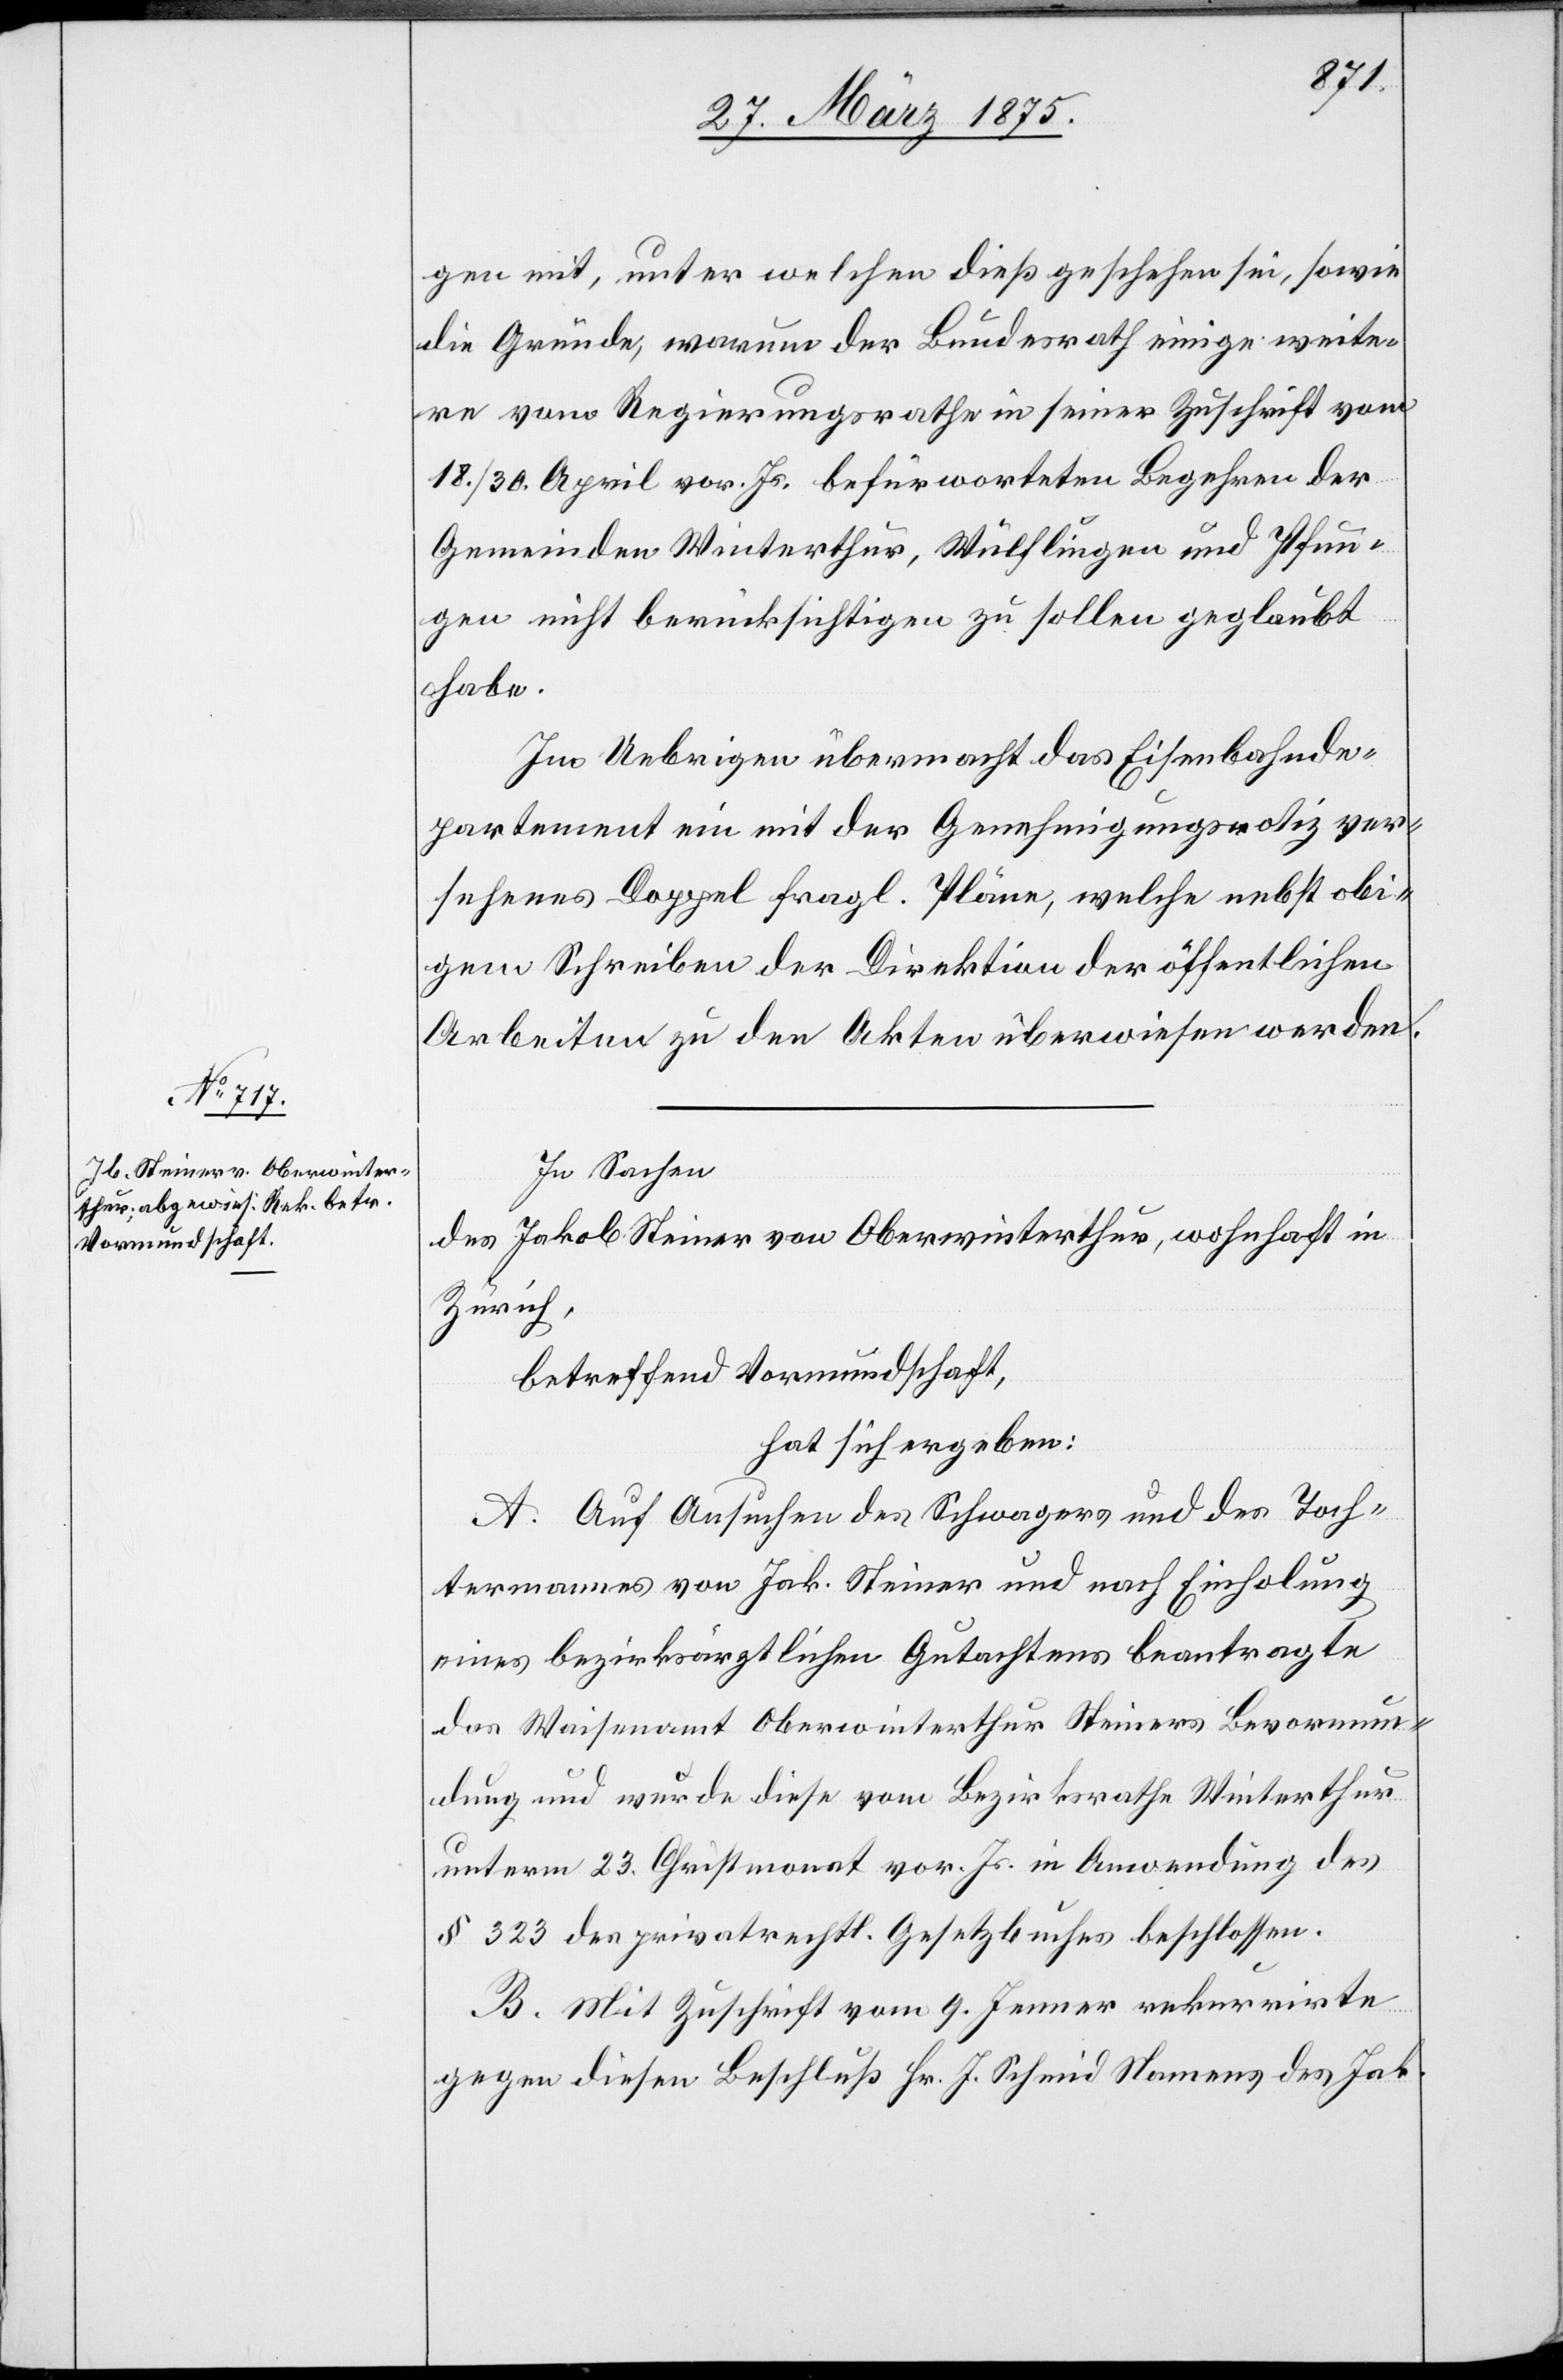
gen mit, unter welchen dieß geschehen sei, sowie
die Gründe, warum der Bundesrath einige weite¬
re vom Regierungsrathe in seiner Zuschrift vom
18./30. April vor. Js. befürworteten Begehren der
Gemeinden Winterthur, Wülflingen und Pfun¬
gen nicht berücksichtigen zu sollen geglaubt
habe.
Im Uebrigen übermacht das Eisenbahnde¬
partement ein mit der Genehmigungsnotiz ver¬
sehenes Doppel fragl. Pläne welche nebst obi¬
gem Schreiben der Direktion der öffentlichen
Arbeiten zu den Akten überwiesen werden.
In Sachen
des Jakob Seiner von Oberwinterthur, wohnhaft in
Zürich,
betreffend Vormundschaft,
hat sich ergeben:
A. Auf Ansuchen des Schwagers und des Toch¬
termannes von Jak. Steiner und nach Einholung
eines bezirksräthlichen Gutachtens beantragte
das Waisenamt Oberwinterthur Steiners Bevormun¬
dung und wurde diese vom Bezirksrathe Winterthur
unterm 23. Christmonat vor. Js. in Anwendung des
§ 232 des privatrechtl. Gesetzbuches beschlossen.
B. Mit Zuschrift vom 9. Jenner rekurrirte
gegen diesen Beschluß Hr. J. Schmid Namens des Jak.